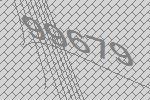
99679